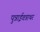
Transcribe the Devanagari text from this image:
पुन्नाईवन्नाथर